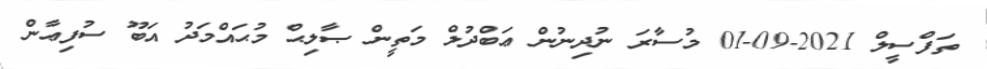
ތަފްސީލް 2021-09-01 މުސާރަ ނުދިނުން ޢަބްދުލް މަތީން ޞާލިޙް މުޙައްމަދު އަބޫ ސުފިޢާން